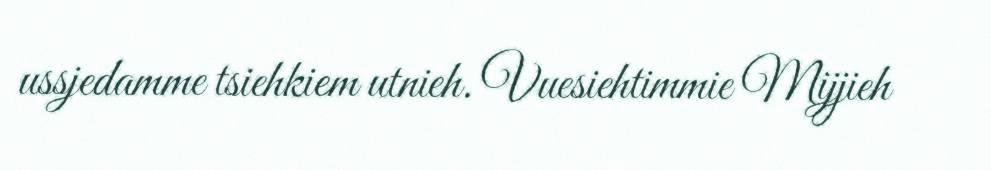
ussjedamme tsiehkiem utnieh. Vuesiehtimmie Mijjieh